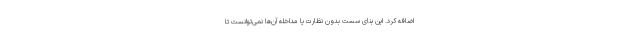
اضافه کرد. این بنای سست بدون نظارت یا مداخله آن‌ها نمی‌توانست تا